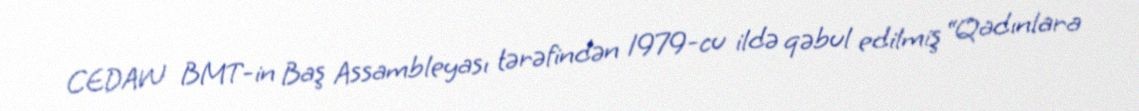
CEDAW BMT-in Baş Assambleyası tərəfindən 1979-cu ildə qəbul edilmiş “Qadınlara